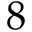
8 \time 4